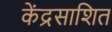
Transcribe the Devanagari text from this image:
केंद्रसाशित